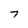
Character: 7